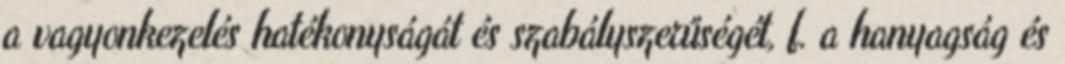
a vagyonkezelés hatékonyságát és szabályszerűségét, f. a hanyagság és